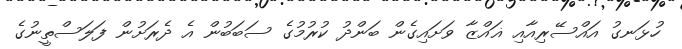
ހުޅަނގު އައްސޭރިއާއި ޣައްޒާ ވަށައިގެން ބަންދު ކުރުމުގެ ސަބަބުން އެ ދެރަށުން ފަލަސްތީނުގެ